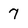
Character: 7